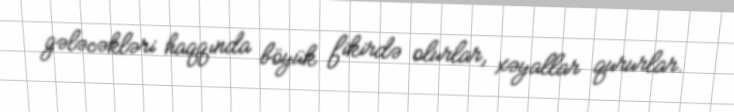
gələcəkləri haqqında böyük fikirdə olurlar, xəyallar qururlar.